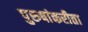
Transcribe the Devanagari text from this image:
पुरुषांकरीता